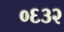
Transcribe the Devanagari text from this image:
०६३२